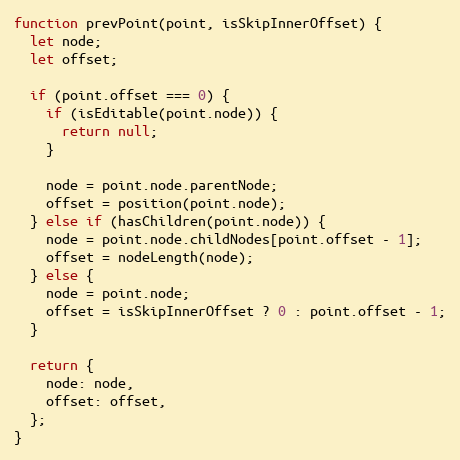
Language: JavaScript
function prevPoint(point, isSkipInnerOffset) {
  let node;
  let offset;

  if (point.offset === 0) {
    if (isEditable(point.node)) {
      return null;
    }

    node = point.node.parentNode;
    offset = position(point.node);
  } else if (hasChildren(point.node)) {
    node = point.node.childNodes[point.offset - 1];
    offset = nodeLength(node);
  } else {
    node = point.node;
    offset = isSkipInnerOffset ? 0 : point.offset - 1;
  }

  return {
    node: node,
    offset: offset,
  };
}